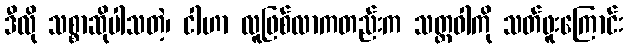
ဒီလို သစ္စာဆိုပါသတဲ့၊ ငါဟာ လူဖြစ်လာကတည်းက သတ္တဝါကို သတ်ဖူးကြောင်း